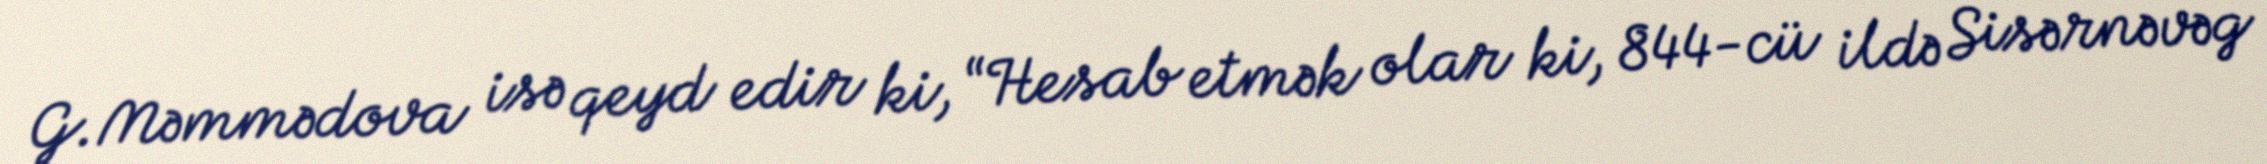
G.Məmmədova isə qeyd edir ki, “Hesab etmək olar ki, 844-cü ildə Sisərnəvəg